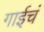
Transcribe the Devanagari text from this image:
गाईचं